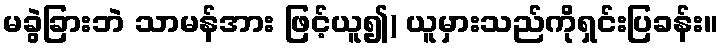
မခွဲခြားဘဲ သာမန်အား ဖြင့်ယူ၍) ယူမှားသည်ကိုရှင်းပြခန်း။